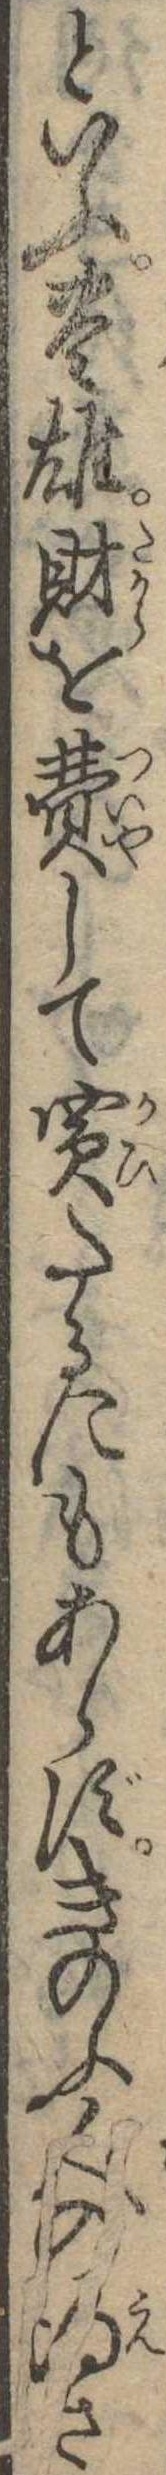
といふ豊雄財を費して買たるにもあらずきのふ人の得さ